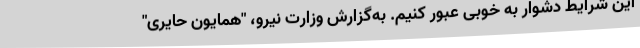
این شرایط دشوار به خوبی عبور کنیم. به‌گزارش وزارت نیرو، "همایون حایری"